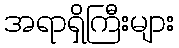
အရာရှိကြီးများ